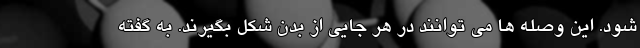
شود. این وصله ها می توانند در هر جایی از بدن شکل بگیرند. به گفته